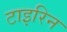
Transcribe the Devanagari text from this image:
टाइरिन